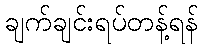
ချက်ချင်းရပ်တန့်ရန်